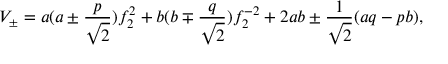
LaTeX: V _ { \pm } = a ( a \pm \frac { p } { \sqrt { 2 } } ) f _ { 2 } ^ { 2 } + b ( b \mp \frac { q } { \sqrt { 2 } } ) f _ { 2 } ^ { - 2 } + 2 a b \pm \frac { 1 } { \sqrt { 2 } } ( a q - p b ) ,